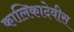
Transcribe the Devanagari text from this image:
कालिकादेवीस